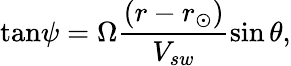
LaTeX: {\tan}\psi=\Omega\frac{(r-r_{\odot})}{V_{sw}}\sin\theta,